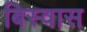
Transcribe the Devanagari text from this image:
बिस्‍वास